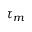
\tau _ { m }